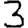
Digit: 3